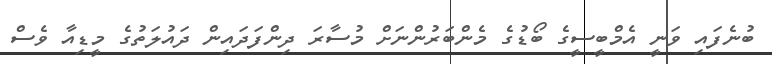
ބުނެފައި ވަނީ އެމްބީސީގެ ބޯޑުގެ މެންބަރުންނަށް މުސާރަ ދިންފަދައިން ދައުލަތުގެ މީޑިއާ ވެސް